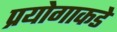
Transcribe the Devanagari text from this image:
प्रयोगाकडे